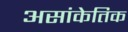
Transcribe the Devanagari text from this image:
असांकेतिक